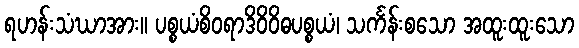
ရဟန်းသံဃာအား။ ပစ္စယံစိဝရာဒိဝိဝိဓပစ္စယံ၊ သင်္ကန်းစသော အထူးထူးသော